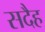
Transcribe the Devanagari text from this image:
सदैह